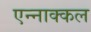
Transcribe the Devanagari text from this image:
एन्नाक्कल